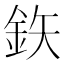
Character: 鉃